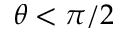
\theta < \pi / 2